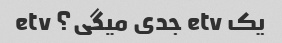
یک etv جدی میگی؟ etv